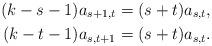
LaTeX: \begin{align*} (k-s-1)a_{s+1,t} & = (s+t)a_{s,t} , \\ (k-t-1)a_{s,t+1} & = (s+t)a_{s,t} . \end{align*}